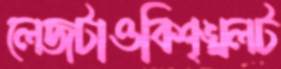
লেজটাওবিশৃঙ্খলট